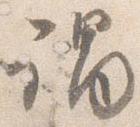
謂